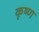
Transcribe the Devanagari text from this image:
कृष्‍ण्‍ा